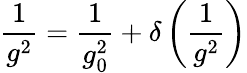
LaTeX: {\frac{1}{g^{2}}}={\frac{1}{g_{0}^{2}}}+\delta\left(\frac{1}{g^{2}}\right)